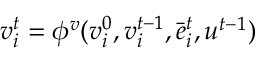
v _ { i } ^ { t } = \phi ^ { v } ( v _ { i } ^ { 0 } , v _ { i } ^ { t - 1 } , \Bar { e } _ { i } ^ { t } , u ^ { t - 1 } )